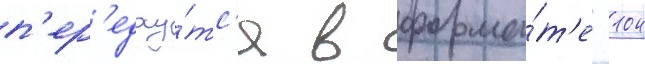
п'ер'едау́тс'я в форма́т'е -104